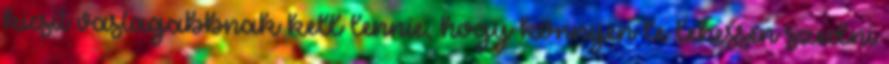
kicsit vastagabbnak kell lennie, hogy könnyen le lehessen szedni